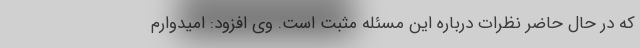
که در حال حاضر نظرات درباره این مسئله مثبت است. وی افزود: امیدوارم